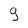
Character: 9